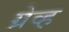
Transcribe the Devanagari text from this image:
ग्रेव्ह